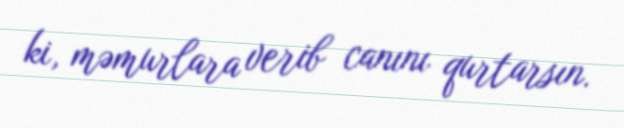
ki, məmurlara verib canını qurtarsın.